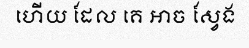
ហើយ ដែល គេ អាច ស្វែង